画像に写った文字を読んでください
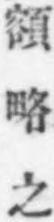
「額略之」と書いてあります